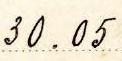
30.05